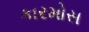
કારમોસ